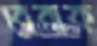
বেবাক